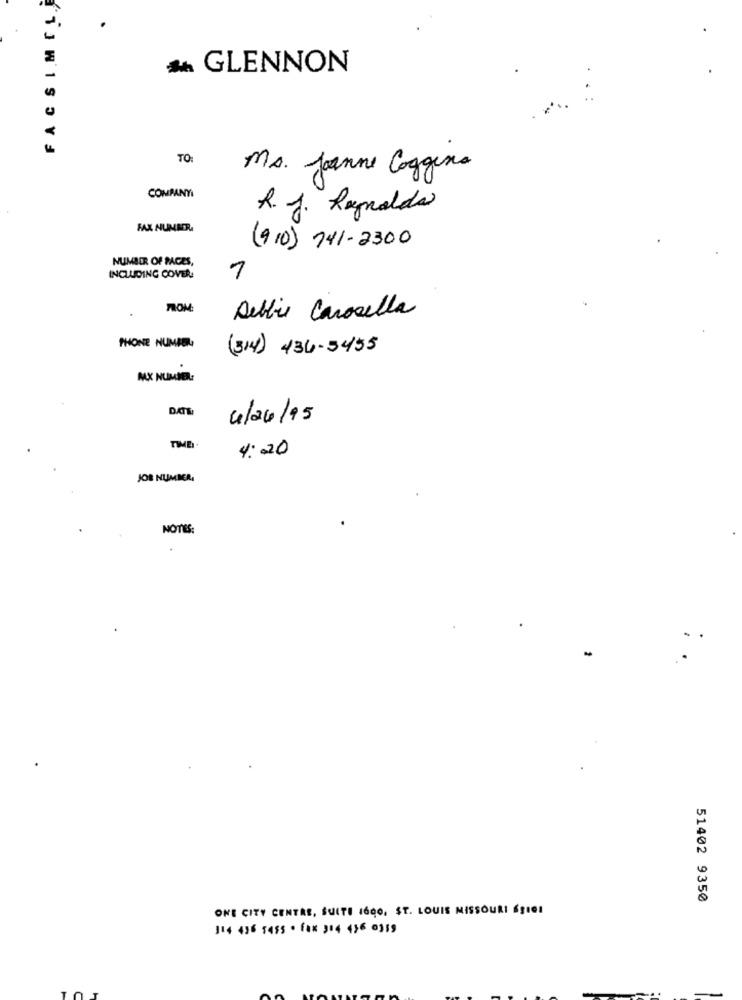
FACSIMIL
& GLENNON
TO:
Ms. Janne Coggina
COMPANYI
R. J. Reynolds
FAX NUMMER
(910) 741-2300
NUMBER OF PAGES,
INCLUDING COVER
1
FROM:
.
Debbie Carosella
PHONE NUMBER
(314) 434-5455
MAX NUMMER
DATE
4/24/95
TIME
4:20
JOB NUMBER,
NOTES:
51402 9350
ONE CITY CENTRE, SUITE 1600, ST. LOUIS MISSOURI ÉgreI
114 436 54ss · fax 314 436 0319